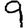
Digit: 9